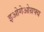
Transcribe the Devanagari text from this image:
इओगेओग्रफ्य